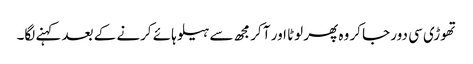
تھوڑی سی دور جا کر وہ پھر لوٹا اور آ کر مجھ سے ہیلو ہائے کرنے کے بعد کہنے لگا۔